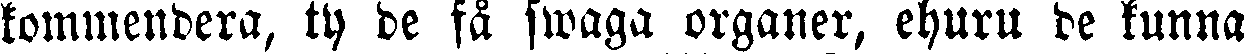
kommendera, ty de få swaga organer, ehuru de kunna